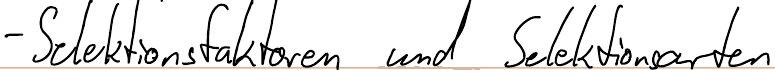
- Selektionsfaktoren und Selektionsarten